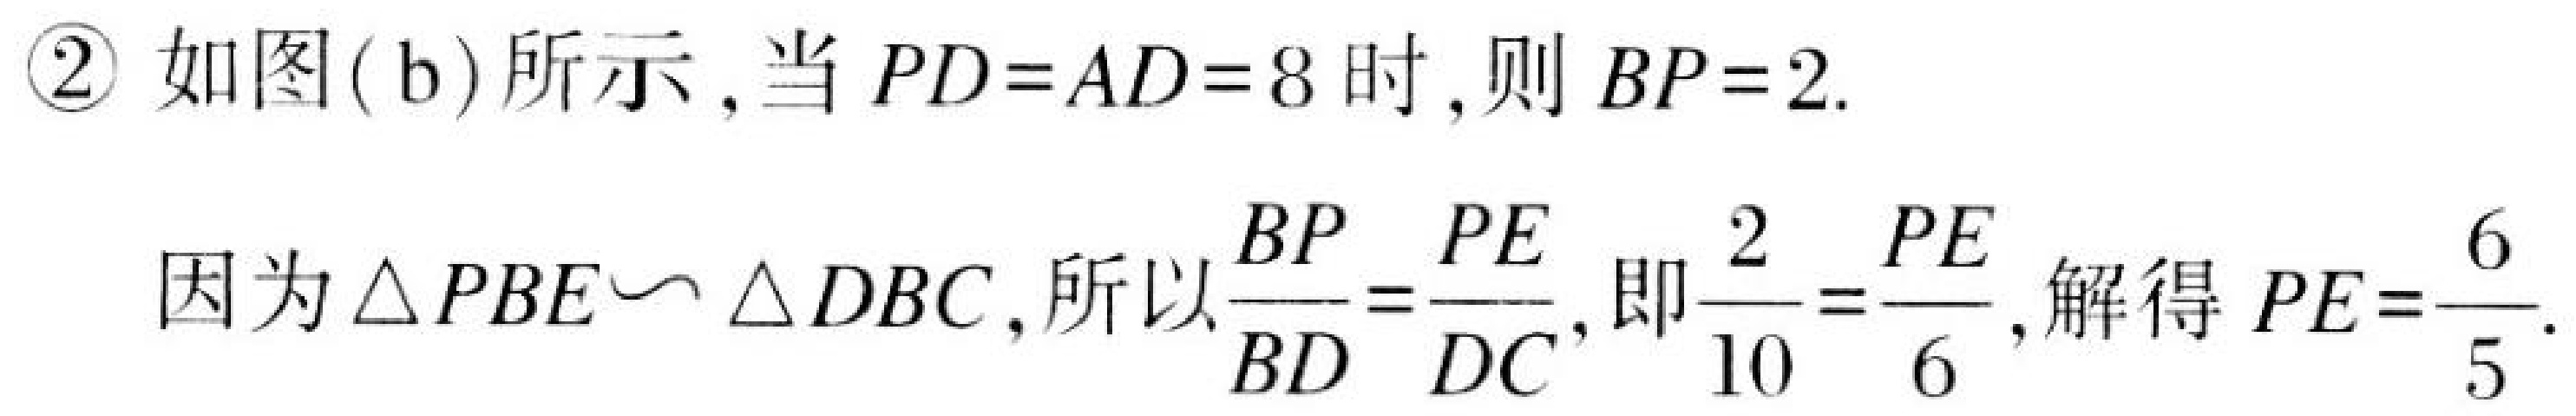
\textcircled{2} 如图(b)所示,当\(PD = AD = 8\)时,则\(BP = 2\).
因为\(\triangle PBE\sim\triangle DBC\),所以\(\frac{BP}{BD}=\frac{PE}{DC}\),即\(\frac{2}{10}=\frac{PE}{6}\),解得\(PE=\frac{6}{5}\).